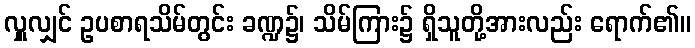
လှူလျှင် ဥပစာရသိမ်တွင်း ခဏ္ဍ၌၊ သိမ်ကြား၌ ရှိသူတို့အားလည်း ရောက်၏။